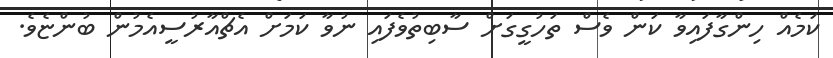
ކަމެއް ހިންގާފައިވާ ކަން ވެސް ތަހުގީގަށް ސާބިތުވެފައި ނުވާ ކަމަށް އެޗްއާރުސީއެމުން ބުންޏެވެ.